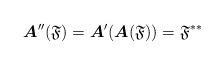
LaTeX: \begin{align*}\boldsymbol{A}''(\mathfrak{F})=\boldsymbol{A}'(\boldsymbol{A}(\mathfrak{F}))=\mathfrak{F}^{**}\end{align*}